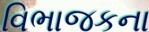
વિભાજકના